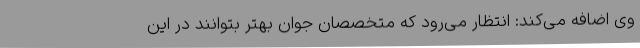
وی اضافه می‌کند: انتظار می‌رود که متخصصان جوان بهتر بتوانند در این